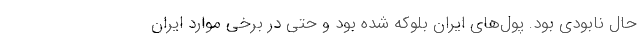
حال نابودی بود. پول‌های ایران بلوکه شده بود و حتی در برخی موارد ایران